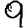
Digit: 9